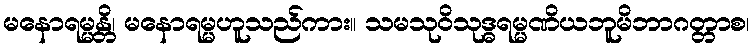
မနောရမ္မန္တိ၊ မနောရမ္မဟူသည်ကား။ သမသုဝိသုဒ္ဓရမ္မဏိယဘူမိဘာဂတ္တာစ၊